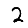
Digit: 2